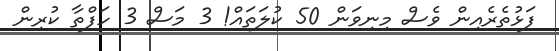
ފަޅުތެރެއިން ވެސް މިނިވަން 50 ކުލަތައް! 3 މަސް 3 ހަފްތާ ކުރިން